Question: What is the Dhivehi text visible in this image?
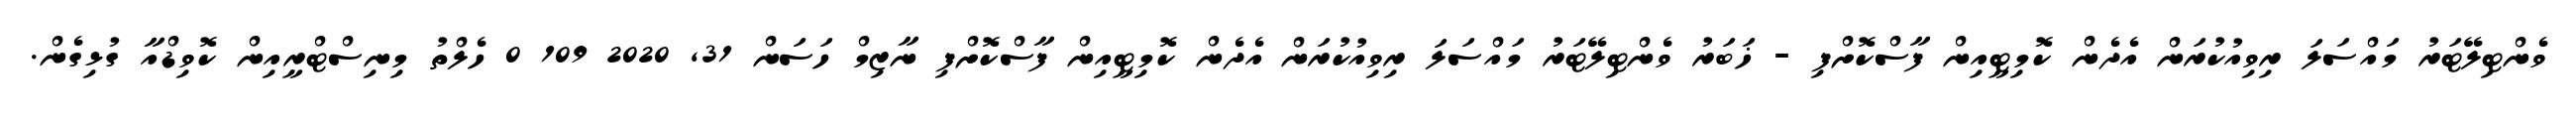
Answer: ވެންޓިލޭޓަރު މައްސަލަ ރިވިއުކުރަން އެދެން ކޮމިޓީއިން ފާސްކޮށްފި - ޚަބަރު ވެންޓިލޭޓަރު މައްސަލަ ރިވިއުކުރަން އެދެން ކޮމިޓީއިން ފާސްކޮށްފި ނާޒިމް ހަސަން 31, 2020 109 0 ހެލްތު މިނިސްޓްރީއިން ކޮވިޑްއާ ގުޅިގެން.